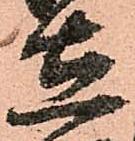
在